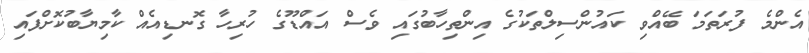
އެންމެ ފުރަތަމަ ބޭއްވި ކައުންސިލްތަކުގެ އިންތިހާބުގައި ވެސް އައްޑޫގެ ހުރިހާ ގޮނޑިއެއް ކާމިޔާބުކޮށްފައި